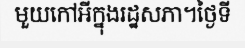
មួយកៅអីក្នុងរដ្ឋសភា។ថ្ងៃទី